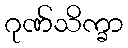
ဂုဏ်သိက္ခာ